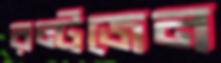
রন্টজেন